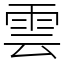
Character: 雲